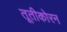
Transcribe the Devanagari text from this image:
तूतीकोरन